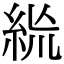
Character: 𥿪